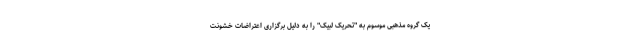
یک گروه مذهبی موسوم به "تحریک لبیک" را به دلیل برگزاری اعتراضات خشونت